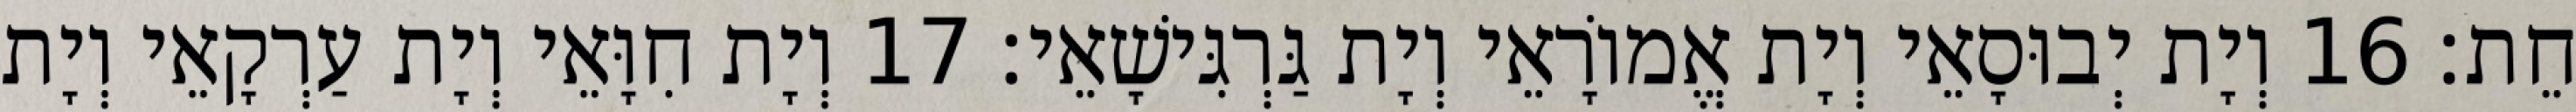
חֵת׃ 16 וְיָת יְבוּסָאֵי וְיָת אֱמוֹרָאֵי וְיָת גַּרְגִּישָׁאֵי׃ 17 וְיָת חִוָּאֵי וְיָת עַרְקָאֵי וְיָת